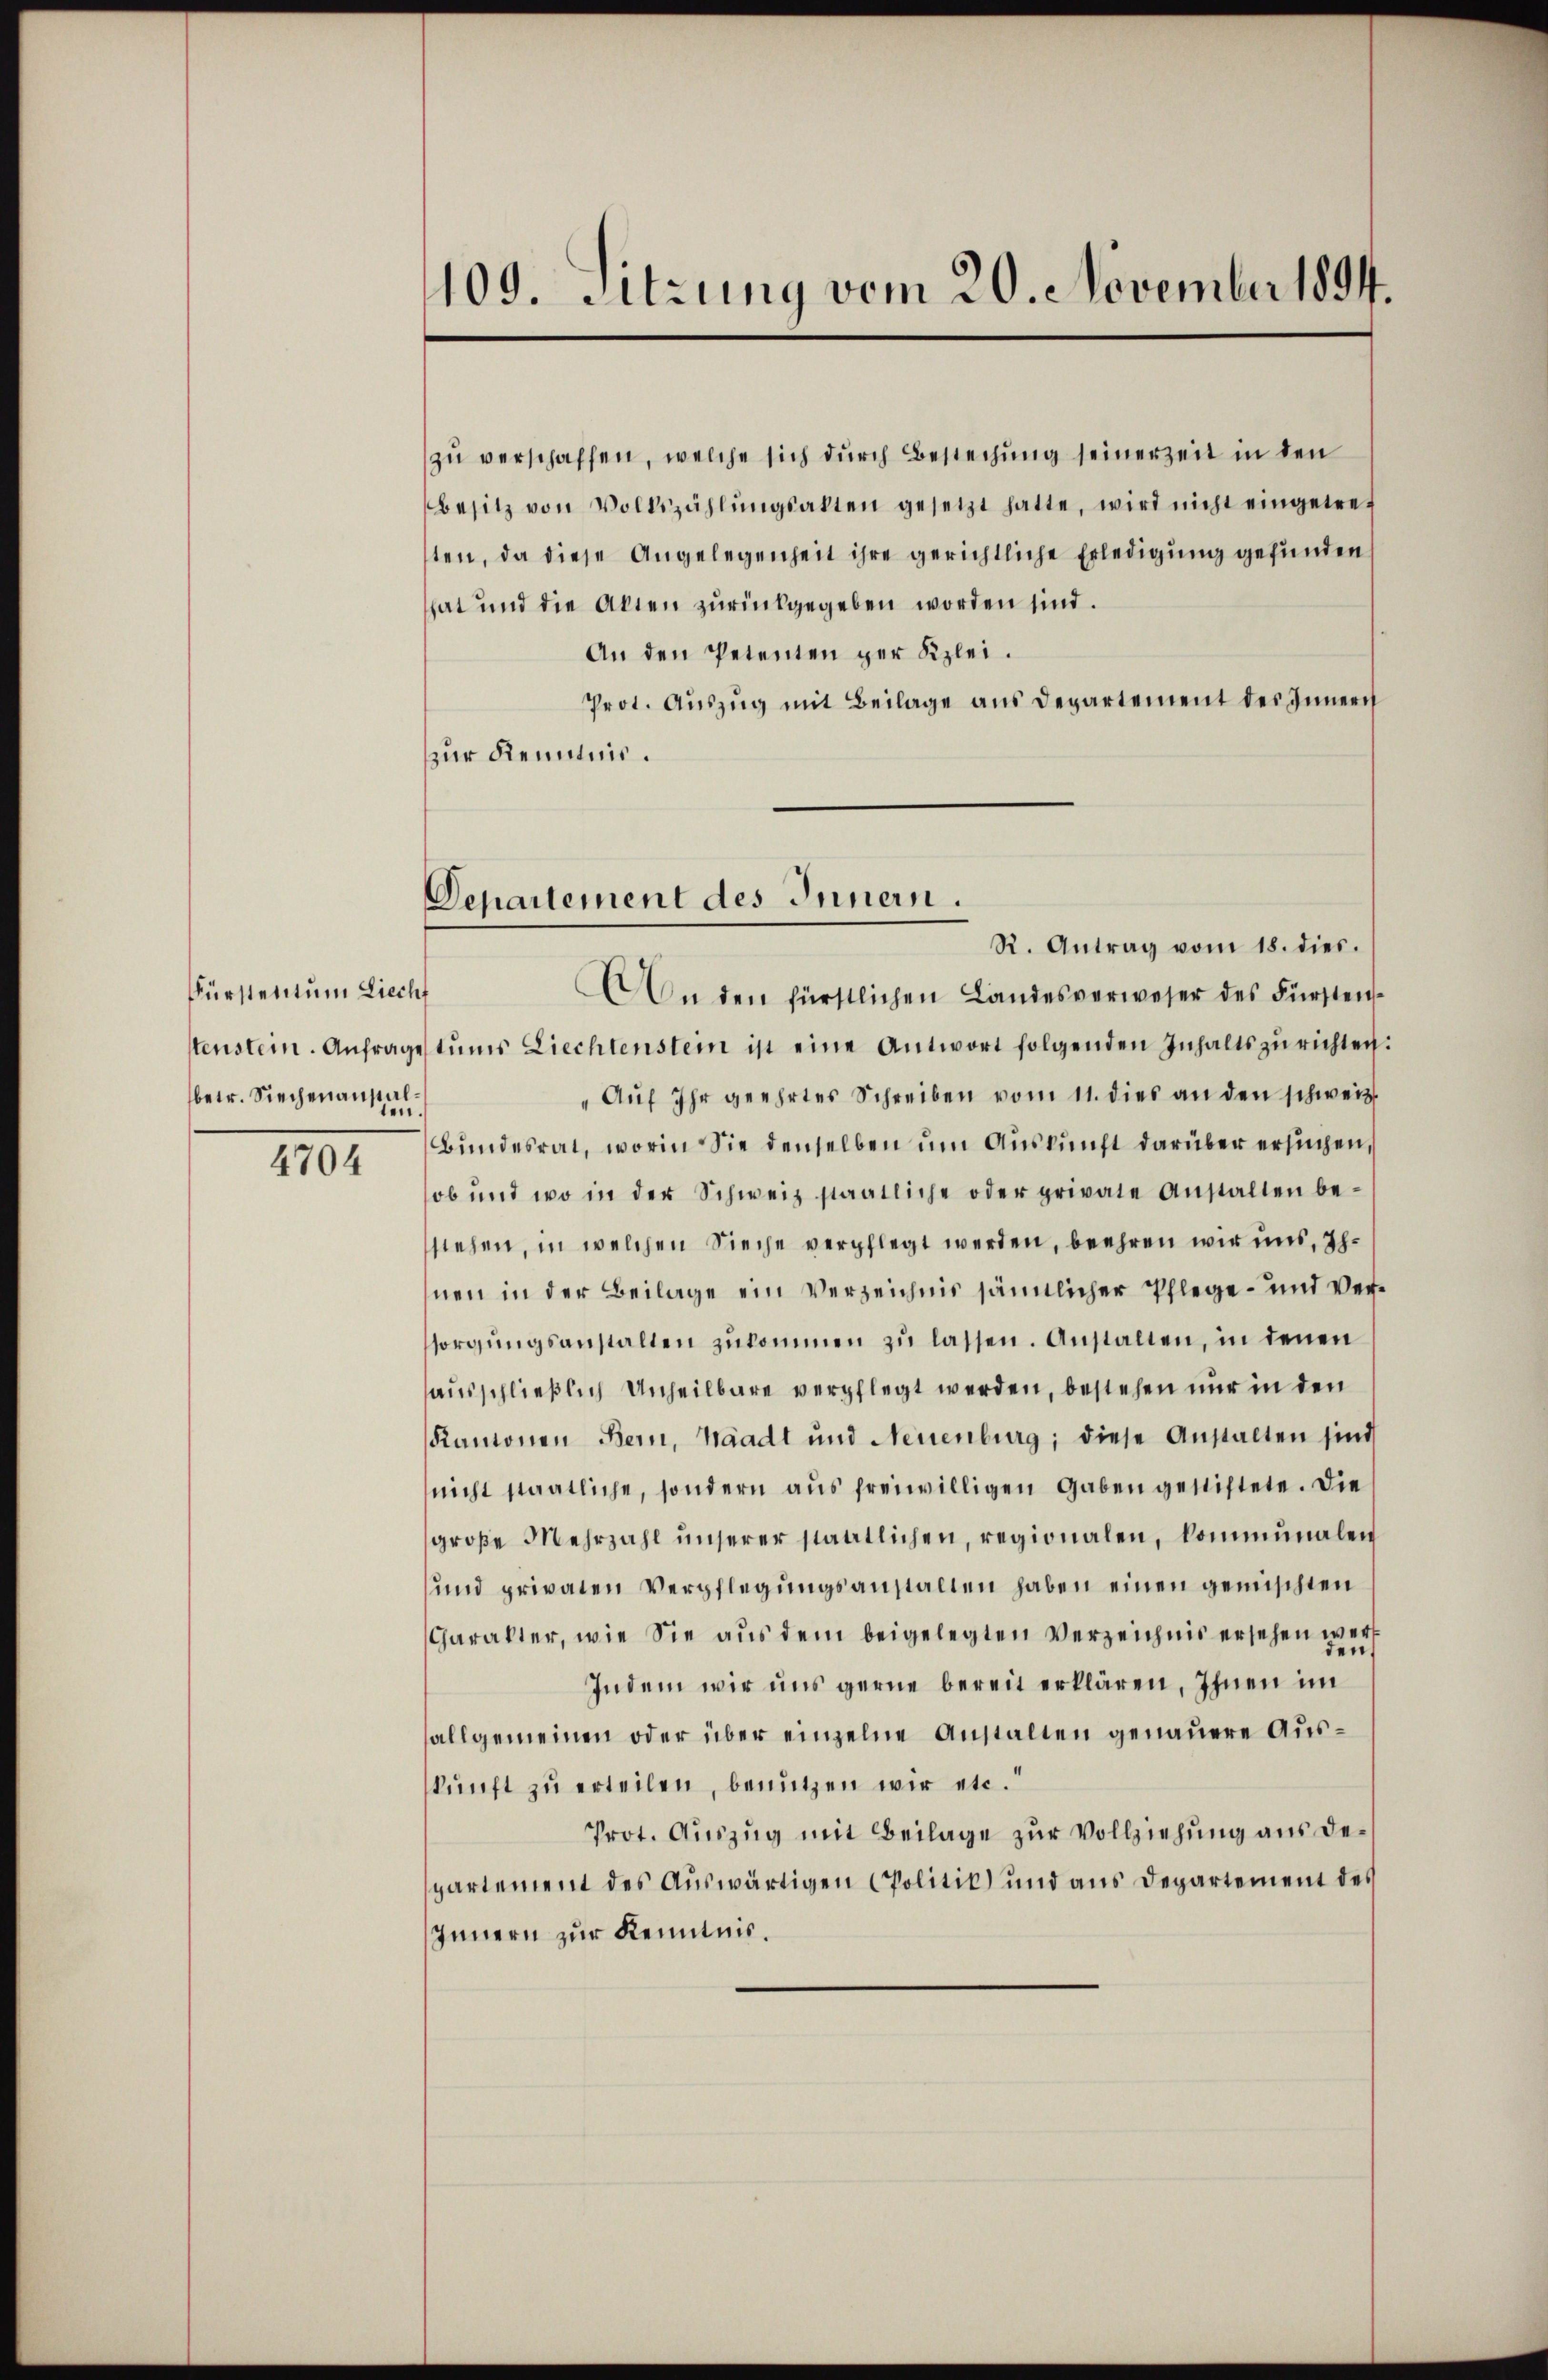
Fürstentum Liech
stenstein. Anfrage
betr. Siechenanstalten.

4704

109. Sitzung vom 20. November 1894.

Departement des Innern.

zu verschaffen, welche sich durch Bestechung seinerzeit in den
Besitz von Volkszählŭngsakten gesetzt hatte, wird nicht eingetref
ten, da diese Angelegenheit ihre gerichtliche Erledigung gefunden
hat und die Akten zŭrückgegeben worden sind.
An den Petenten der Klei¬
Prot. Auszug mit Beilage aus Departement des Innern
zur Kenntnis.
R. Antrag vom 18. dies.
An den fürstlichen Landesverweser des Fürsten
tŭms Liechtenstein ist eine Antwort folgenden Inhalts zŭ richten
Aŭf ihr geehrtes Schreiben vom 11. dies an den schweiz.
Bŭndesrat, worin Sie denselben um Auskunft darüber ersuchen,
ob und wo in der Schweiz staatliche oder private Anstalten be-
stehen, in welchen Sieche verpflegt werden, beehren wir uns, Ihnen in der Beilage ein Verzeichnis sämtlicher Pflege – und Versorgŭngsanstalten zukommen zu lassen. Anstalten, in denen
ausschließlich Unheilbare verpflegt werden, bestehen nur in den
Kantonen Bern, Waadt und Neuenburg; diese Anstalten sind
nicht staatliche, sondern aŭs freiwilligen gaben gestiftete. Die
große Mehrzahl ŭnserer staatlichen, regionalen, kommunalen
und privaten Verpflegŭngsanstalten haben einen gemischten
Charakter, wie Sie aus dem beigelegten Verzeichnis ersehen werd
Indem wir uns gerne bereit erklären, Ihnen im
sallgemeinen oder über einzelne Anstalten genauere Auskŭnft zŭ erteilen, benützen wir etc.“
Prot. Auszug mit Beilage zur Vollziehung aus departement des Auswärtigen Politik und aus Departement des
Innern zur Kenntnis.